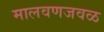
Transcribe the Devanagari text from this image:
मालवणजवळ